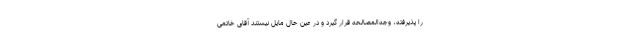
را پذیرفته، وجه‌المصالحه قرار گیرد و در عین حال مایل نیستند آقاى خاتمى